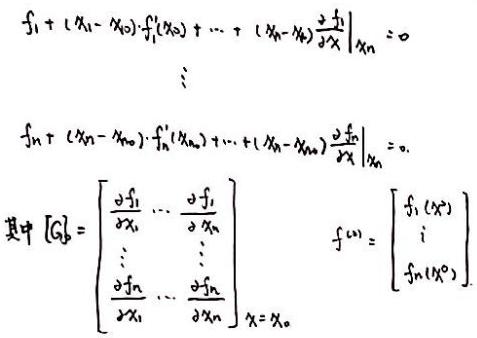
\[
\begin{align*}
&f_1+(x_1 - x_{01})\cdot f_1'(x_{01})+\cdots+(x_n - x_{0n})\left.\frac{\partial f_1}{\partial x}\right|_{x = x_0}=0\\
&\vdots\\
&f_n+(x_n - x_{0n})\cdot f_n'(x_{0n})+\cdots+(x_n - x_{0n})\left.\frac{\partial f_n}{\partial x}\right|_{x = x_0}=0
\end{align*}
\]
其中 \([G_0]=\left[\begin{array}{ccc}\frac{\partial f_1}{\partial x_1}&\cdots&\frac{\partial f_1}{\partial x_n}\\\vdots&\ddots&\vdots\\\frac{\partial f_n}{\partial x_1}&\cdots&\frac{\partial f_n}{\partial x_n}\end{array}\right]_{x = x_0}\)，\(f^{(0)}=\left[\begin{array}{c}f_1(x^0)\\\vdots\\f_n(x^0)\end{array}\right]\)